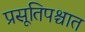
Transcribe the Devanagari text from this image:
प्रसूतिपश्चात